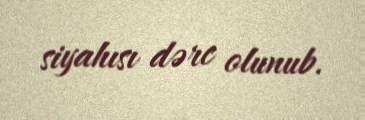
siyahısı dərc olunub.